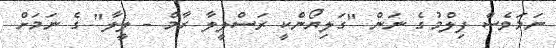
ނަމަވެސް ފިލްމުގެ ނަން "ގަލިޔޯންކީ ރަސްލީލާ ރާމް - ލީލާ" ގެ ނަމަށް